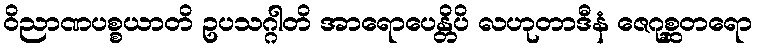
ဝိညာဏပစ္စယာတိ ဥပသဂ္ဂါတိ အာရောပေန္တိပိ လဟုတာဒီနံ ဇေဂုစ္ဆတရော